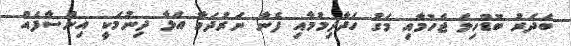
ބަދަރު ބޮޑުހިލަ ޖެހުމާއި މަގު ހަދާދިމުމާއި ފެނާ ނަރުދަމާ އަޅާ ދިނުމަކީ އިންސާފެެއް